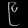
Digit: ၉